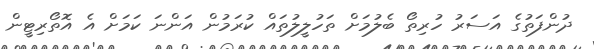
ދުންފަތުގެ އަސަރު ހުރިތޯ ބެލުމަށް ތަހުލީލުތައް ކުރަމުން އަންނަ ކަމަށް އެ އޮތޯރިޓީން